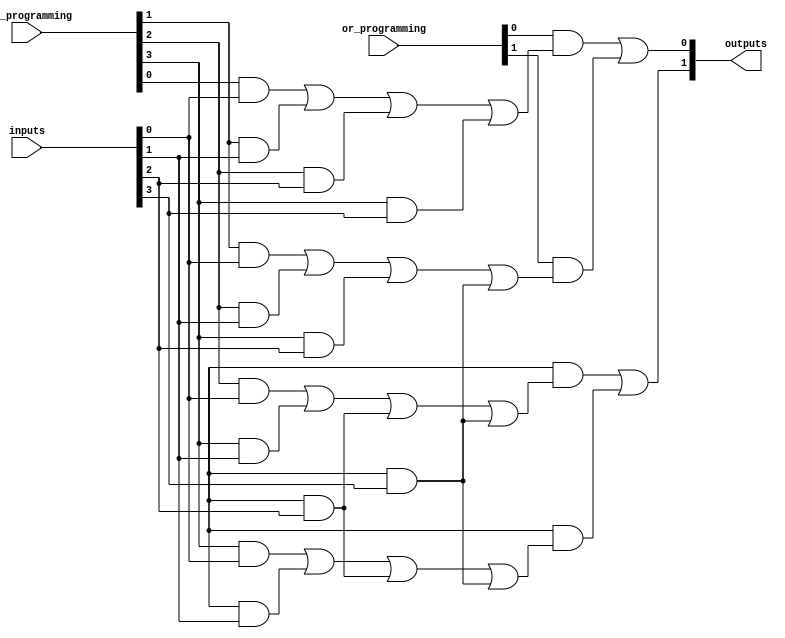
module FuseBasedPLA (
    input wire [N-1:0] inputs,                // Inputs to the PLA
    input wire [M-1:0] and_programming,       // Programming for AND array (connections)
    input wire [P-1:0] or_programming,        // Programming for OR array (connections)
    output wire [Q-1:0] outputs               // Outputs of the PLA
);
    parameter N = 4;                          // Number of inputs
    parameter M = 4;                          // Number of AND gates
    parameter P = 2;                          // Number of OR gates
    parameter Q = 2;                          // Number of outputs

    // AND array
    wire [M-1:0] and_outputs;
    genvar i, j;

    // Create the programmable AND gates
    generate
        for (i = 0; i < M; i = i + 1) begin : and_gate
            assign and_outputs[i] = (and_programming[i] & inputs[0]) |
                                    (and_programming[i + 1] & inputs[1]) |
                                    (and_programming[i + 2] & inputs[2]) |
                                    (and_programming[i + 3] & inputs[3]);
        end
    endgenerate
    
    // OR array
    assign outputs[0] = (or_programming[0] & and_outputs[0]) | (or_programming[1] & and_outputs[1]);
    assign outputs[1] = (or_programming[2] & and_outputs[2]) | (or_programming[3] & and_outputs[3]);

endmodule